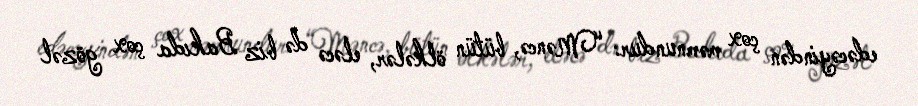
edəcəyindən çox məmnundur: “Məncə, bütün ölkələr, eləcə də biz Bakıda çox gözəl